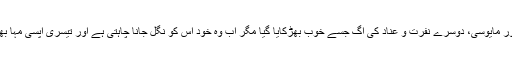
ایک تو اس کی کارکردگی سے عوام کا عدم اطمینان اور مایوسی، دوسرے نفرت و عناد کی آگ جسے خوب بھڑکایا گیا مگر اب وہ خود اس کو نگل جانا چاہتی ہے اور تیسری آپسی مہا بھارت جس کی بھاری قیمت اسے چکانی پڑ سکتی ہے۔